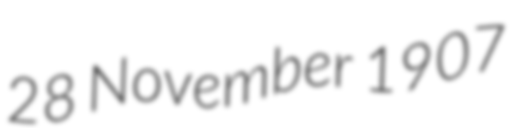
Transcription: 28 November 1907